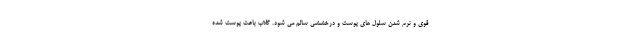
قوی و نرم شدن سلول های پوست و درخششی سالم می شود. گلاب باعث پوست شده